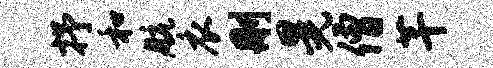
抒和航衣删晃僧芊